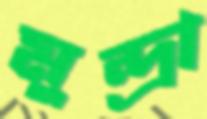
মুন্দ্রা